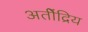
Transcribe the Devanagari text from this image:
अतीेंद्रिय